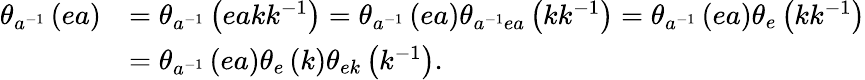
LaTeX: \begin{array}{rl}{\theta_{a^{-1}}\left(ea\right)}&{=\theta_{a^{-1}}\left(eakk^{-1}\right)=\theta_{a^{-1}}\left(ea\right)\theta_{a^{-1}ea}\left(kk^{-1}\right)=\theta_{a^{-1}}\left(ea\right)\theta_{e}\left(kk^{-1}\right)}\\ &{=\theta_{a^{-1}}\left(ea\right)\theta_{e}\left(k\right)\theta_{ek}\left(k^{-1}\right).}\end{array}